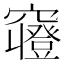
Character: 𱷚